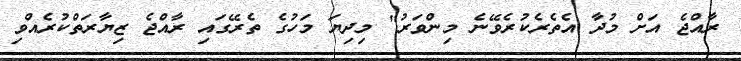
ރާއްޖެ އަށް މުދާ އެތެރެކުރެވޭނެ މިންވަރު" މިދިޔަ މަހުގެ ތެރޭގައި ރާއްޖެ ޒިޔާރަތްކުރެއްވި